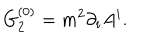
LaTeX: G _ { 2 } ^ { ( 0 ) } = m ^ { 2 } \partial _ { i } A ^ { i } .